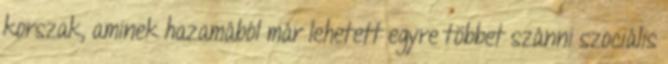
korszak, aminek hazamából már lehetett egyre többet szánni szociális